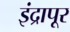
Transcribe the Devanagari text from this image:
इंद्रापूर